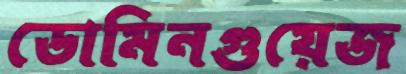
ডোমিনগুয়েজ